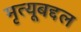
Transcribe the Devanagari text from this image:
मृत्यूबद्दल